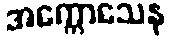
အက္ကောသေန